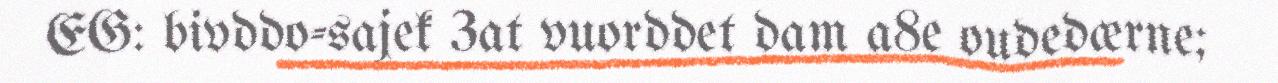
EG: bivddo-sajek 3at vuorddet dam a8e oudedærne;